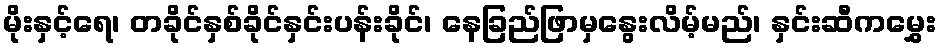
မိုးနှင့်ရေ၊ တခိုင်နှစ်ခိုင်နှင်းပန်းခိုင်၊ နေခြည်ဖြာမှနွေးလိမ့်မည်၊ နှင်းဆီကမွှေး